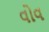
વોવ